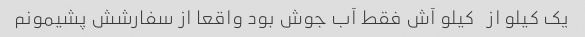
یک کیلو از   کیلو آش فقط آب جوش بود واقعا از سفارشش پشیمونم